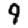
Digit: 9